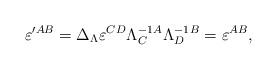
LaTeX: \begin{align*}\varepsilon ^{\prime AB}=\Delta _{{\small \Lambda }}\varepsilon ^{CD}\Lambda_{C}^{-1}{}^{A}\Lambda _{D}^{-1}{}^{B}=\varepsilon ^{AB}, \end{align*}